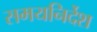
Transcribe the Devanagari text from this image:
समयनिर्देश